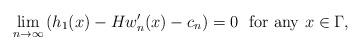
LaTeX: \begin{align*} \lim_{n\to\infty}\left(h_1(x)-Hw_n'(x)-c_n\right)=0\ \ {\rm for\ any}\ x\in\Gamma, \end{align*}